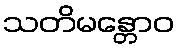
သတိမန္တောဝ